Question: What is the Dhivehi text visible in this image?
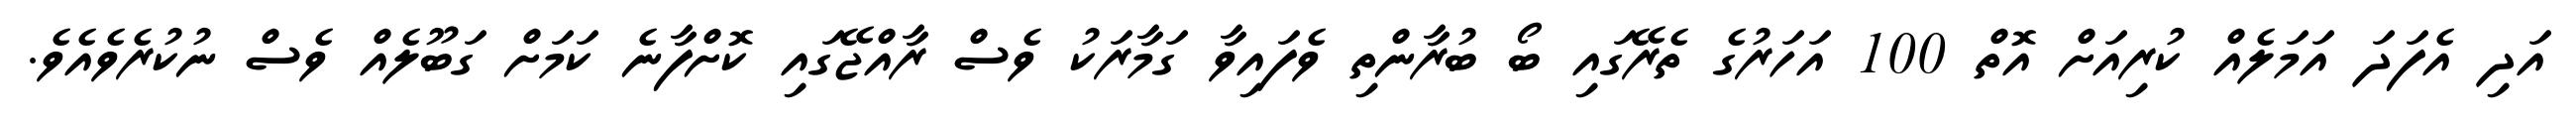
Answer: އަދި އެފަދަ އަމަލެއް ކުރިއަށް އޮތް 100 އަހަރުގެ ތެރޭގައި ބޯ ބުރާންތި ވެފައިވާ ގަމާރަކު ވެސް ރާއްޖޭގައި ކޮށްފާނެ ކަމަށް ގަބޫލެއް ވެސް ނުކުރެވެއެވެ.